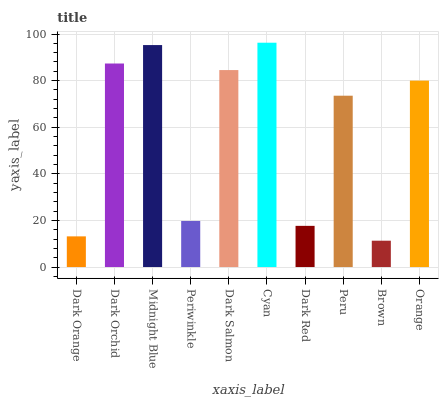
| xaxis_label | bars |
 | --- | --- |
 | Dark Orange | 13.2 |
 | Dark Orchid | 87.4 |
 | Midnight Blue | 95.3 |
 | Periwinkle | 19.8 |
 | Dark Salmon | 84.5 |
 | Cyan | 96.3 |
 | Dark Red | 17.7 |
 | Peru | 73.5 |
 | Brown | 11.3 |
 | Orange | 80 |